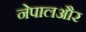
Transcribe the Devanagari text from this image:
नेपालऔर